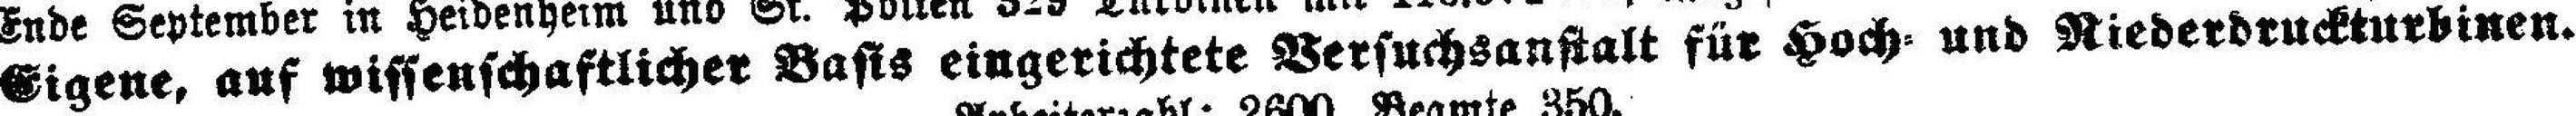
Eigene, auf wissenschaftlicher Basis eingerichtete Versuchsanstalt für Hoch= und Niederdruckturbinen.